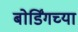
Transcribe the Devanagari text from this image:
बोर्डिंगच्या